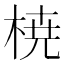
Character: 𣓤